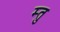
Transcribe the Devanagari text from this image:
म्तु